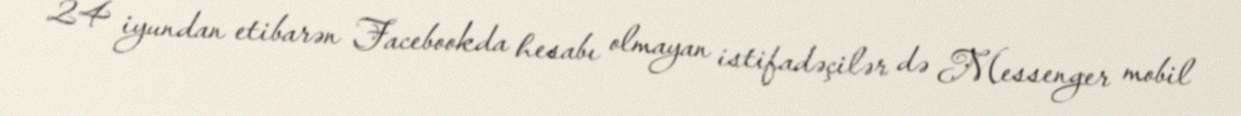
24 iyundan etibarən Facebookda hesabı olmayan istifadəçilər də Messenger mobil